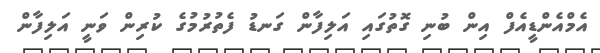
އެމްއެންޑީއެފް އިން ބުނި ގޮތުގައި އަލިފާން ގަނޑު ފެތުރުމުގެ ކުރިން ވަނީ އަލިފާން